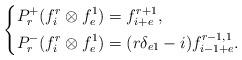
LaTeX: \begin{align*}\left\{\begin{aligned} & P^+_r(f^r_i\otimes f^1_e)=f^{r+1}_{i+e},\\& P^-_r(f^r_i\otimes f^1_e)=(r\delta_{e1}-i)f^{r-1,1}_{i-1+e}.\end{aligned}\right.\end{align*}